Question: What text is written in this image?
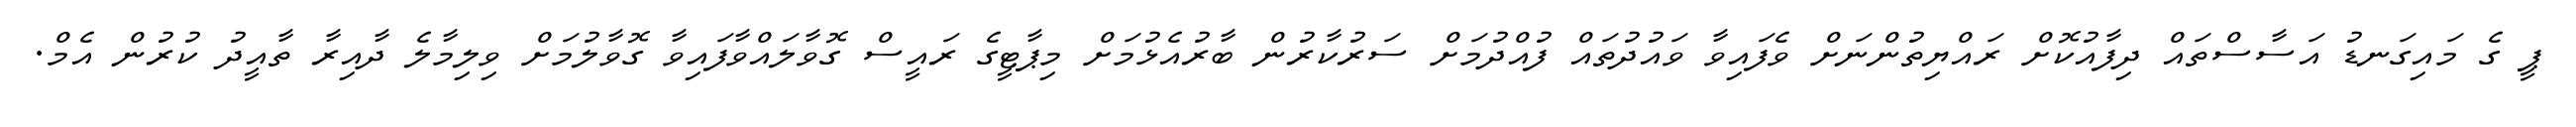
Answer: ޕީ ގެ މައިގަނޑު އަސާސްތައް ދިފާއުކޮށް ރައްޔިތުންނަށް ވެފައިވާ ވައުދުތައް ފުއްދުމަށް ސަރުކާރުން ބާރުއެޅުމަށް މިޕާޓީގެ ރައީސް ގޮވާލައްވާފައިވާ ގޮވާލުމަށް ވިލިމާލެ ދާއިރާ ތާއީދު ކުރުން އެމް.